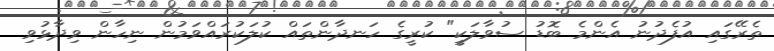
ތެރޭގައި އުފެދުނު އެންމެ ބޮޑު ސުވާލަކީ" ކުރީގެ ހަނދާންތައް ކުލަކުރައްވަމުން ނިހާން ވިދާޅުވި